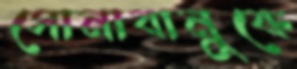
সোনাবানুকে